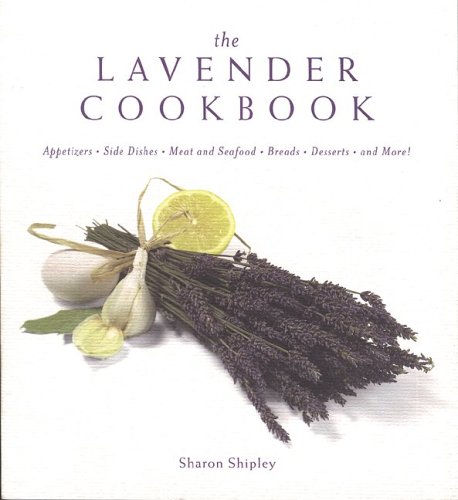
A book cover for The Lavender Cookbook; Sharon Shipley; Cookbooks, Food & Wine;